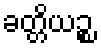
ခတ္တိယဉ္စ